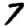
Digit: 7